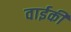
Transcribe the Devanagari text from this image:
वाईकी